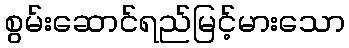
စွမ်းဆောင်ရည်မြင့်မားသော